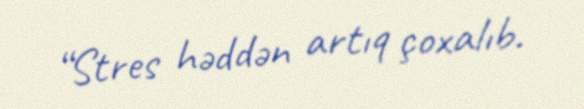
“Stres həddən artıq çoxalıb.